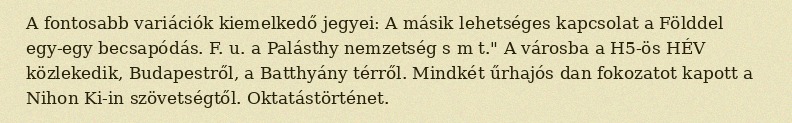
A fontosabb variációk kiemelkedő jegyei: A másik lehetséges kapcsolat a Földdel egy-egy becsapódás. F. u. a Palásthy nemzetség s m t." A városba a H5-ös HÉV közlekedik, Budapestről, a Batthyány térről. Mindkét űrhajós dan fokozatot kapott a Nihon Ki-in szövetségtől. Oktatástörténet.